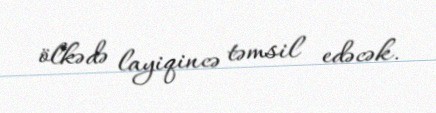
ölkədə layiqincə təmsil edəcək.